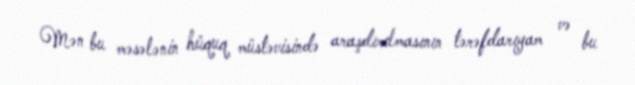
Mən bu məsələnin hüquq müstəvisində araşdırılmasının tərəfdarıyam və bu